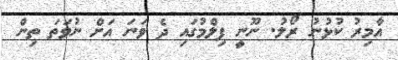
އާމިރު ކުޅުނު ރޯލު. ނޫނީ ފިލްމުގައި ދެ ވަނަ އަށް ނުވަތަ ތިން